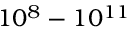
1 0 ^ { 8 } - 1 0 ^ { 1 1 }